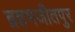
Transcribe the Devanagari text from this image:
ब्रहमजीतपुर